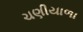
ચણીયાળા